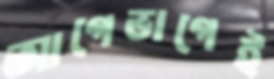
আগেভাগেই